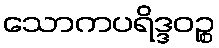
သောကပရိဒ္ဒဝဉ္စ